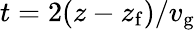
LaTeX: t=2(z-z_{\mathrm{f}})/v_{\mathrm{g}}